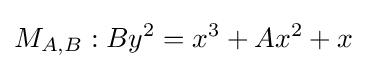
M_{A,B}:By^{2}=x^{3}+Ax^{2}+x